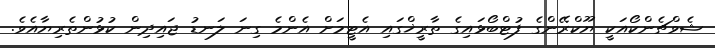
ޝެވްޗެންކޯއަކީ ޔޫކްރޭންގެ ފުޓްބޯޅައިގެ ތާރީޚްގައި އެޓީމަށް އެންމެ ގިނަ ލަނޑު ޖައިދިން ކުޅުންތެރިޔާއެވެ.